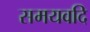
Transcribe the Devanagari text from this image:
समयवदि